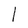
Character: l